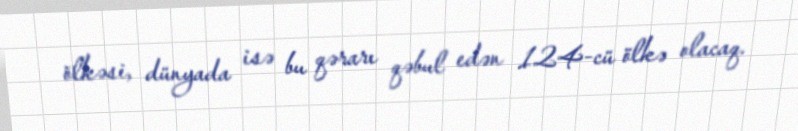
ölkəsi, dünyada isə bu qərarı qəbul edən 124-cü ölkə olacaq.